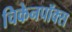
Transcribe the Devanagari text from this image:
चिकेनपॉक्स